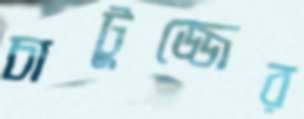
চাটুজ্জের